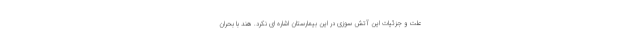
علت و جزئیات این آتش سوزی در این بیمارستان اشاره ای نکرد. هند با بحران